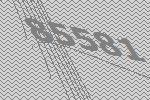
85581